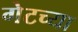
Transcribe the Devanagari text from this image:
गेटच्या